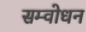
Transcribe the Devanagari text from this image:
सम्वोधन